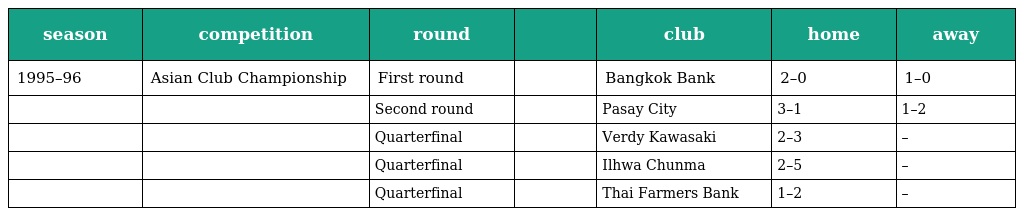
| season | competition | round |  | club | home | away |
 | --- | --- | --- | --- | --- | --- | --- |
 | 1995–96 | Asian Club Championship | First round |  | Bangkok Bank | 2–0 | 1–0 |
 |  |  | Second round |  | Pasay City | 3–1 | 1–2 |
 |  |  | Quarterfinal |  | Verdy Kawasaki | 2–3 | – |
 |  |  | Quarterfinal |  | Ilhwa Chunma | 2–5 | – |
 |  |  | Quarterfinal |  | Thai Farmers Bank | 1–2 | – |